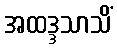
အထဒ္ဒသာသိံ